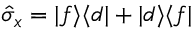
\hat { \sigma } _ { x } = \vert f \rangle \langle d \vert + \vert d \rangle \langle f \vert